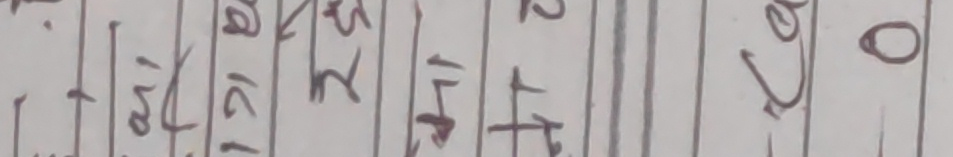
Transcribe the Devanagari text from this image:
१५६ १६१ २५ १४
२ २२ ०